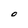
Character: O